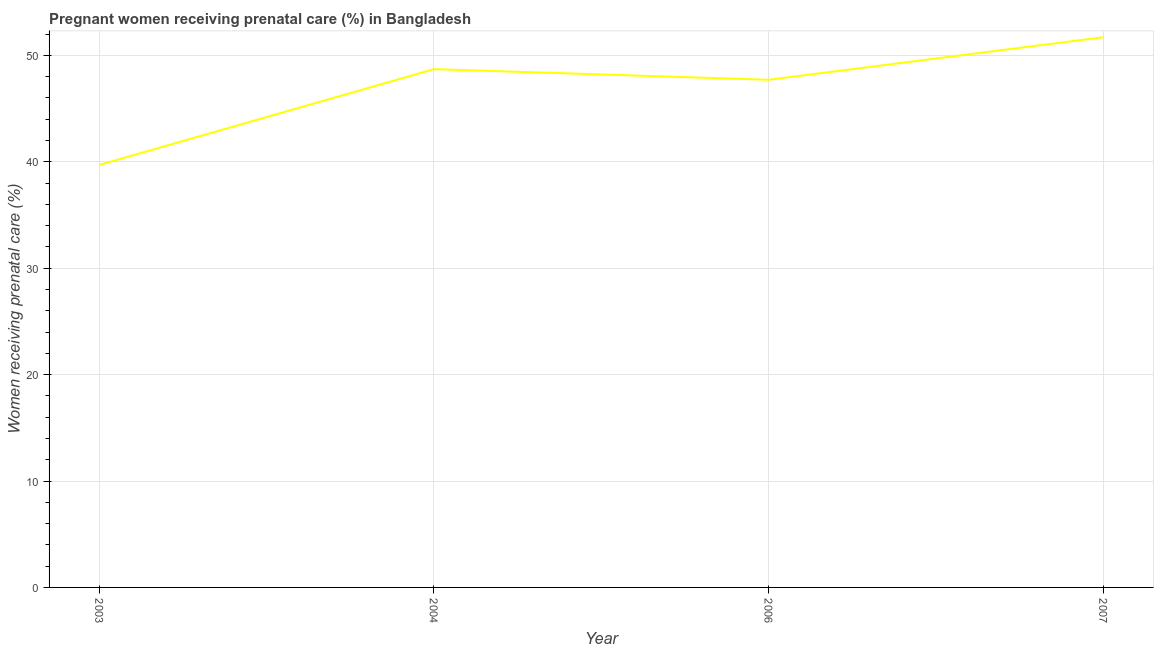
| Year | Pregnant women receiving prenatal care |
 | --- | --- |
 | 2003 | 39.7 |
 | 2004 | 48.7 |
 | 2006 | 47.7 |
 | 2007 | 51.7 |